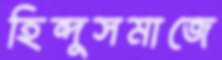
হিন্দুসমাজে